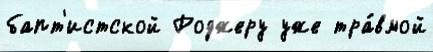
бапт'истской Роджеру уже тра́вмой